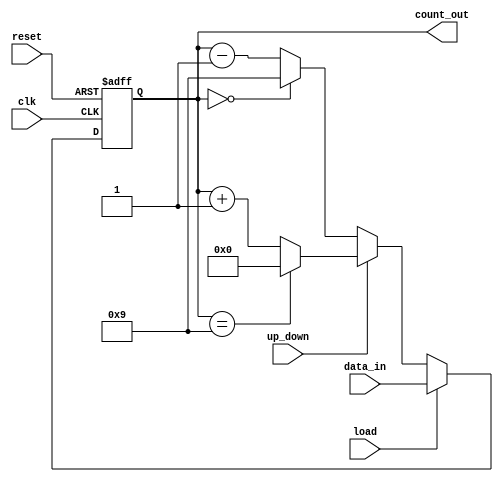
module up_down_bcd_counter (
    input wire clk,
    input wire reset,
    input wire load,
    input wire up_down,
    input wire [3:0] data_in,
    output reg [3:0] count_out
);

reg [3:0] next_count;

always @(posedge clk or posedge reset) begin
    if (reset) begin
        count_out <= 4'b0000;
    end 
    else if (load) begin
        count_out <= data_in;
    end 
    else begin
        count_out <= next_count;
    end
end

always @* begin
    if (up_down) begin // Up count
        if (count_out == 4'b1001)
            next_count = 4'b0000;
        else
            next_count = count_out + 1;
    end 
    else begin // Down count
        if (count_out == 4'b0000)
            next_count = 4'b1001;
        else
            next_count = count_out - 1;
    end
end

endmodule